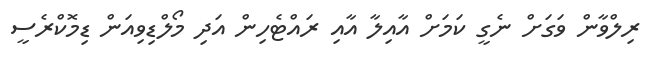
ރިލްވާން ވަގަށް ނެގީ ކަމަށް އާއިލާ އާއި ރައްޓެހިން އަދި މޯލްޑިވިއަން ޑިމޮކްރެސީ